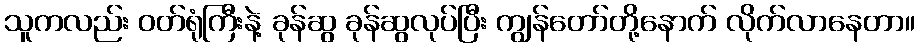
သူကလည်း ဝတ်ရုံကြီးနဲ့ ခုန်ဆွ ခုန်ဆွလုပ်ပြီး ကျွန်တော်တို့နောက် လိုက်လာနေတာ။